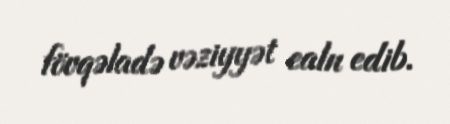
fövqəladə vəziyyət ealn edib.